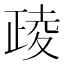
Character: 𪤶